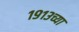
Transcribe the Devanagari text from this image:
१९१३च्या